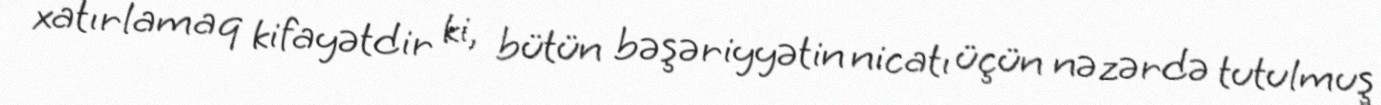
xatırlamaq kifayətdir ki, bütün bəşəriyyətin nicatı üçün nəzərdə tutulmuş